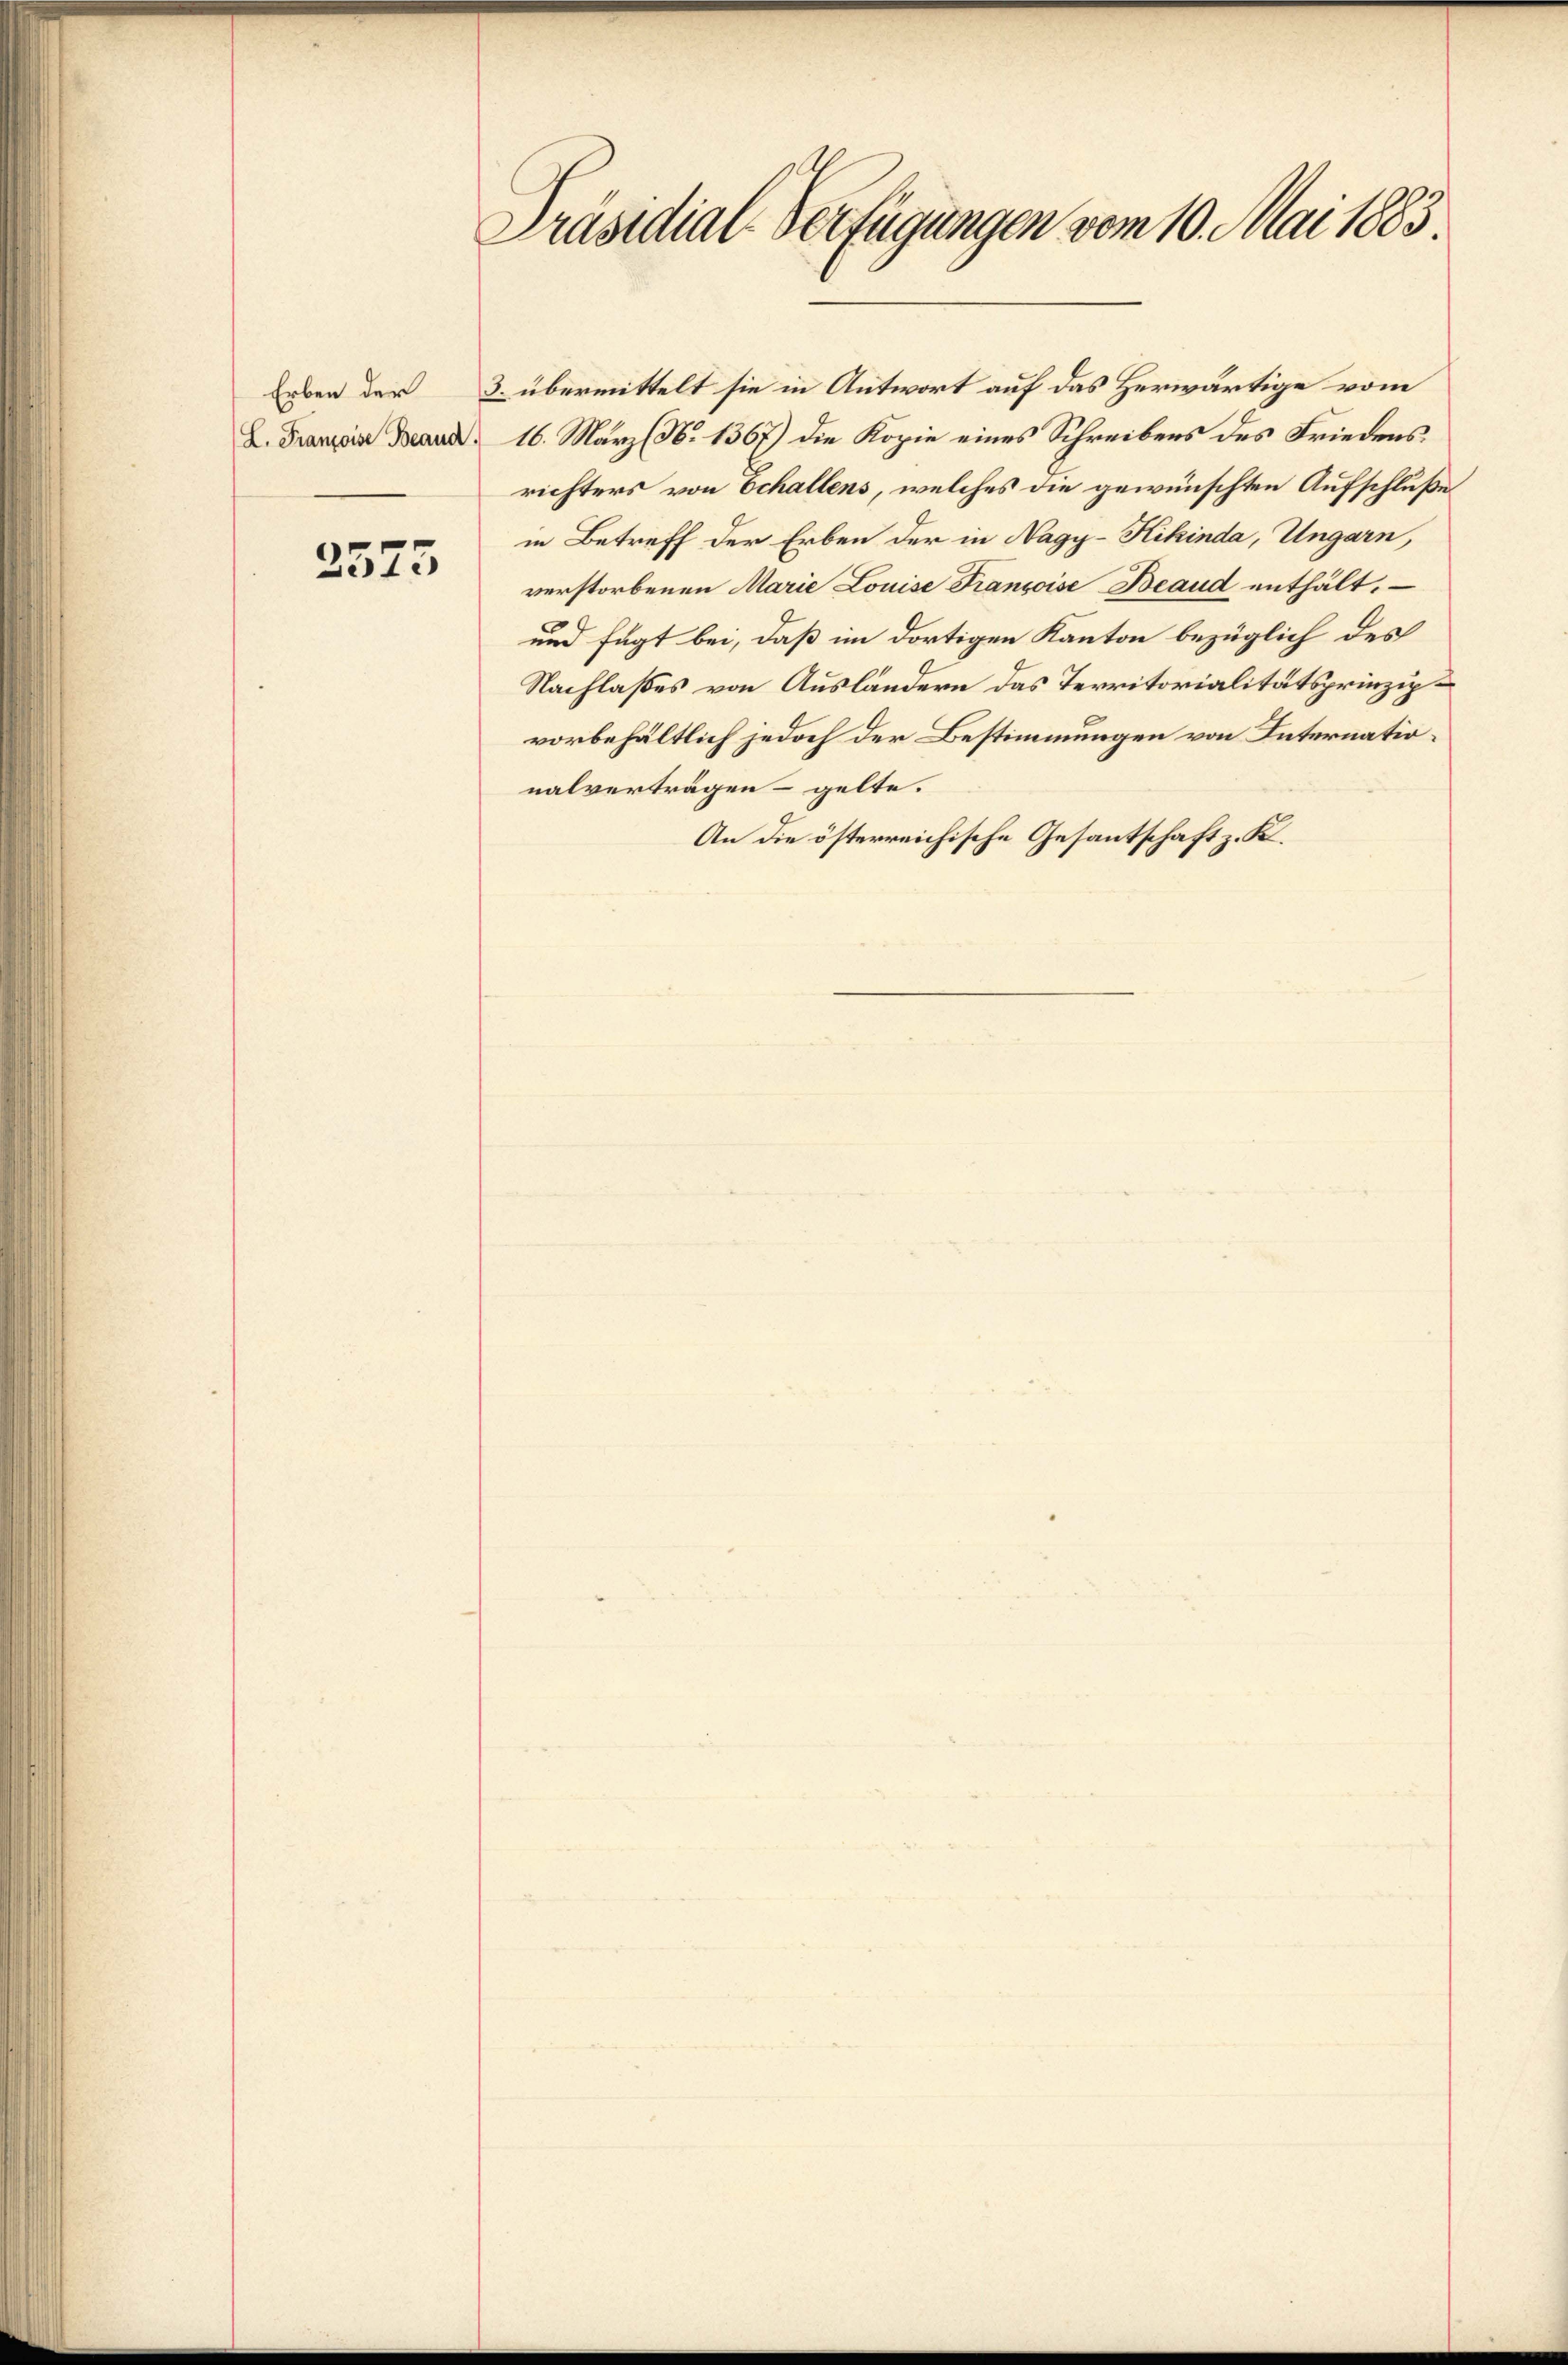
Erben der
L. Franzoise Beaud.

2575

Präsidial-Verfügungen vom 10. Mai 1883

16. März (N. 1367) die Kopie eines Schreibens des Friedensrichters von Schallens, welches die gewünschten Aufschluße
in Betreff der Erben der in Nagy-Kikinda, Ungarn,
verstorbenen Marie Louise Francoise Beaud enthält.
und fügt bei, daß im dortigen Kanton bezüglich des
Nachlaßes von Ausländern das Territorialitätsprinzip
vorbehältlich jedoch der Bestimmungen von Internationalverträgen gelte.
An die österreichische Gesantschaft z. K.

3. übermittelt sie in Antwort auf das Herwärtige vom